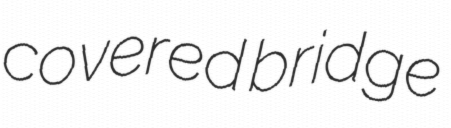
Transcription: covered bridge